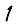
Digit: 1